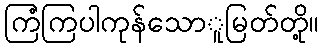
ကြံကြပါကုန်သောူမြတ်တို့။